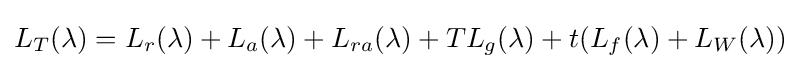
L_{T}(\lambda )=L_{r}(\lambda )+L_{a}(\lambda )+L_{ra}(\lambda )+TL_{g}(\lambda )+t(L_{f}(\lambda )+L_{W}(\lambda ))